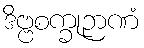
ဒိဗ္ဗစက္ခုဉာဏံ